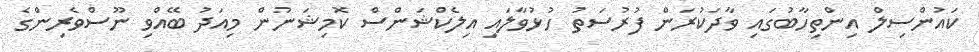
ކައުންސިލް އިންތިހާބުގައި ވާދަކުރަން ފުރުސަތު ހުޅުވާލައި އިލެކްޝަންސް ކޮމިޝަނުން މިއަދު ބޭއްވި ނޫސްވެރިންގެ